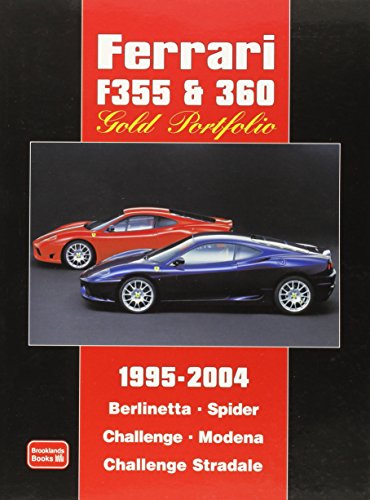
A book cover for Ferrari F355 & 360 Gold Portfolio 1995-2004; R.M. Clarke; Engineering & Transportation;